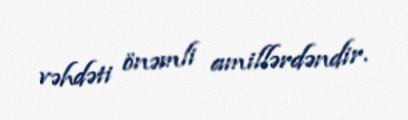
vəhdəti önəmli amillərdəndir.